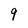
Character: 9